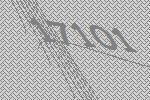
17101